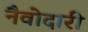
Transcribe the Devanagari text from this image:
नैवोदारी